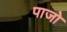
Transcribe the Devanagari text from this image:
पाजो